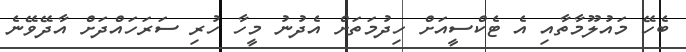
ބެހޭ މައުލޫމާތާއި އެ ޓެކްސީއަށް ހިދުމަތަށް އެދުނު މީހާ ހުރި ސަރަހައްދަށް އާދޭވޭނެ